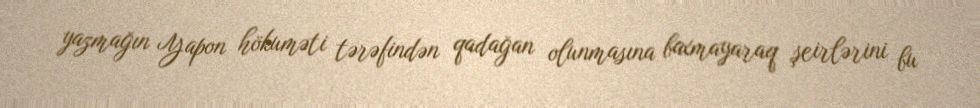
yazmağın Yapon hökuməti tərəfindən qadağan olunmasına baxmayaraq şeirlərini bu